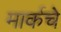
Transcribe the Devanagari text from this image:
मार्कचे